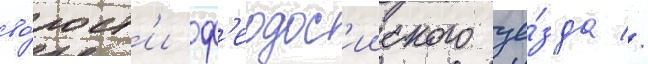
во́лост'и ф'еодос'ииского уе́зда //